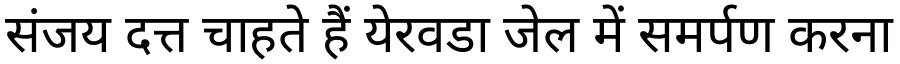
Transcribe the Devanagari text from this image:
संजय दत्त चाहते हैं येरवडा जेल में समर्पण करना